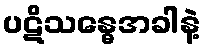
ပဋိသန္ဓေအခါနဲ့